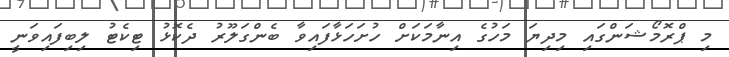
މި ޕްރޮމޯޝަންގައި މިދިޔަ މަހުގެ އިނާމަކަށް ހުށަހަޅާފައިވާ ބެންގަލޫރު ދެކޮޅު ޓިކެޓު ލިބިފައިވަނީ